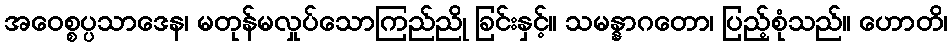
အဝေစ္စပ္ပသာဒေန၊ မတုန်မလှုပ်သောကြည်ညို ခြင်းနှင့်။ သမန္နာဂတော၊ ပြည့်စုံသည်။ ဟောတိ၊